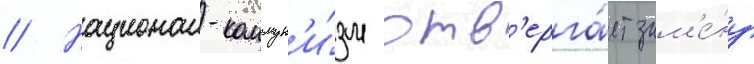
// Национал-коммун'и́зм отв'ерга́ет зам'е́ну